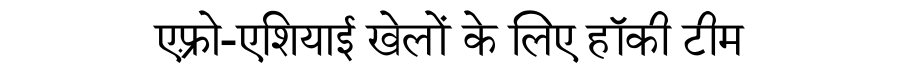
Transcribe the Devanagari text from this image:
एफ़्रो-एशियाई खेलों के लिए हॉकी टीम